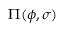
\Pi ( \phi , \sigma )